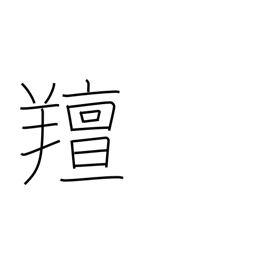
Meaning: smelling like a sheep